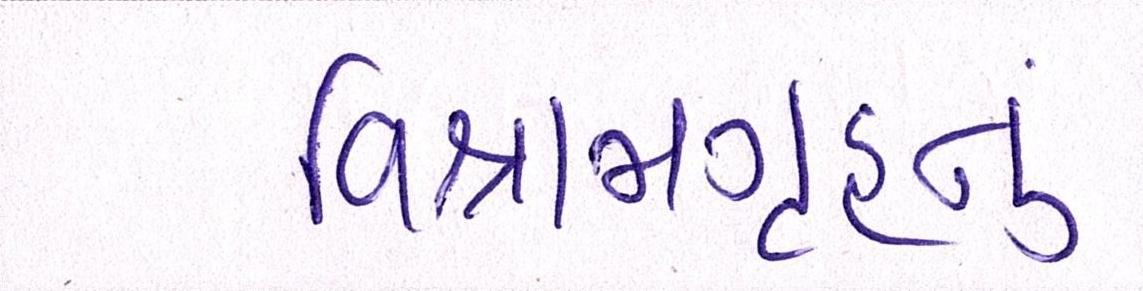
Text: વિશ્રામગૃહનું